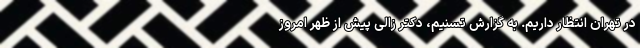
در تهران انتظار داریم. به گزارش تسنیم، دکتر زالی پیش از ظهر امروز